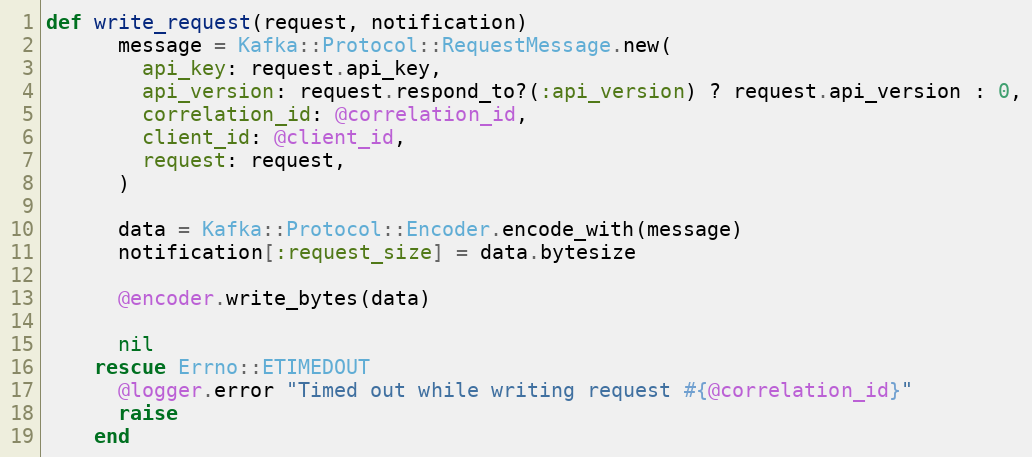
Language: Ruby
def write_request(request, notification)
      message = Kafka::Protocol::RequestMessage.new(
        api_key: request.api_key,
        api_version: request.respond_to?(:api_version) ? request.api_version : 0,
        correlation_id: @correlation_id,
        client_id: @client_id,
        request: request,
      )

      data = Kafka::Protocol::Encoder.encode_with(message)
      notification[:request_size] = data.bytesize

      @encoder.write_bytes(data)

      nil
    rescue Errno::ETIMEDOUT
      @logger.error "Timed out while writing request #{@correlation_id}"
      raise
    end